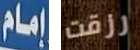
إمام رزقت